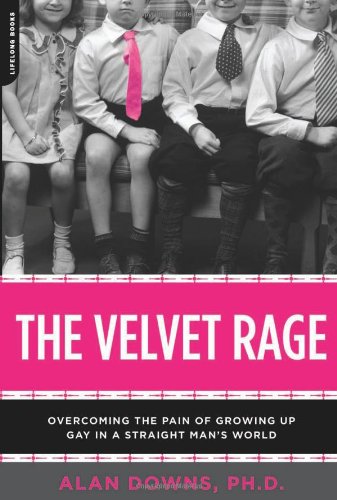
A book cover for The Velvet Rage: Overcoming the Pain of Growing Up Gay in a Straight Man's World; Alan Downs; Gay & Lesbian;